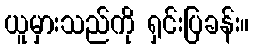
ယူမှားသည်ကို ရှင်းပြခန်း။